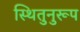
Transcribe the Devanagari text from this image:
स्थितुनुरूप